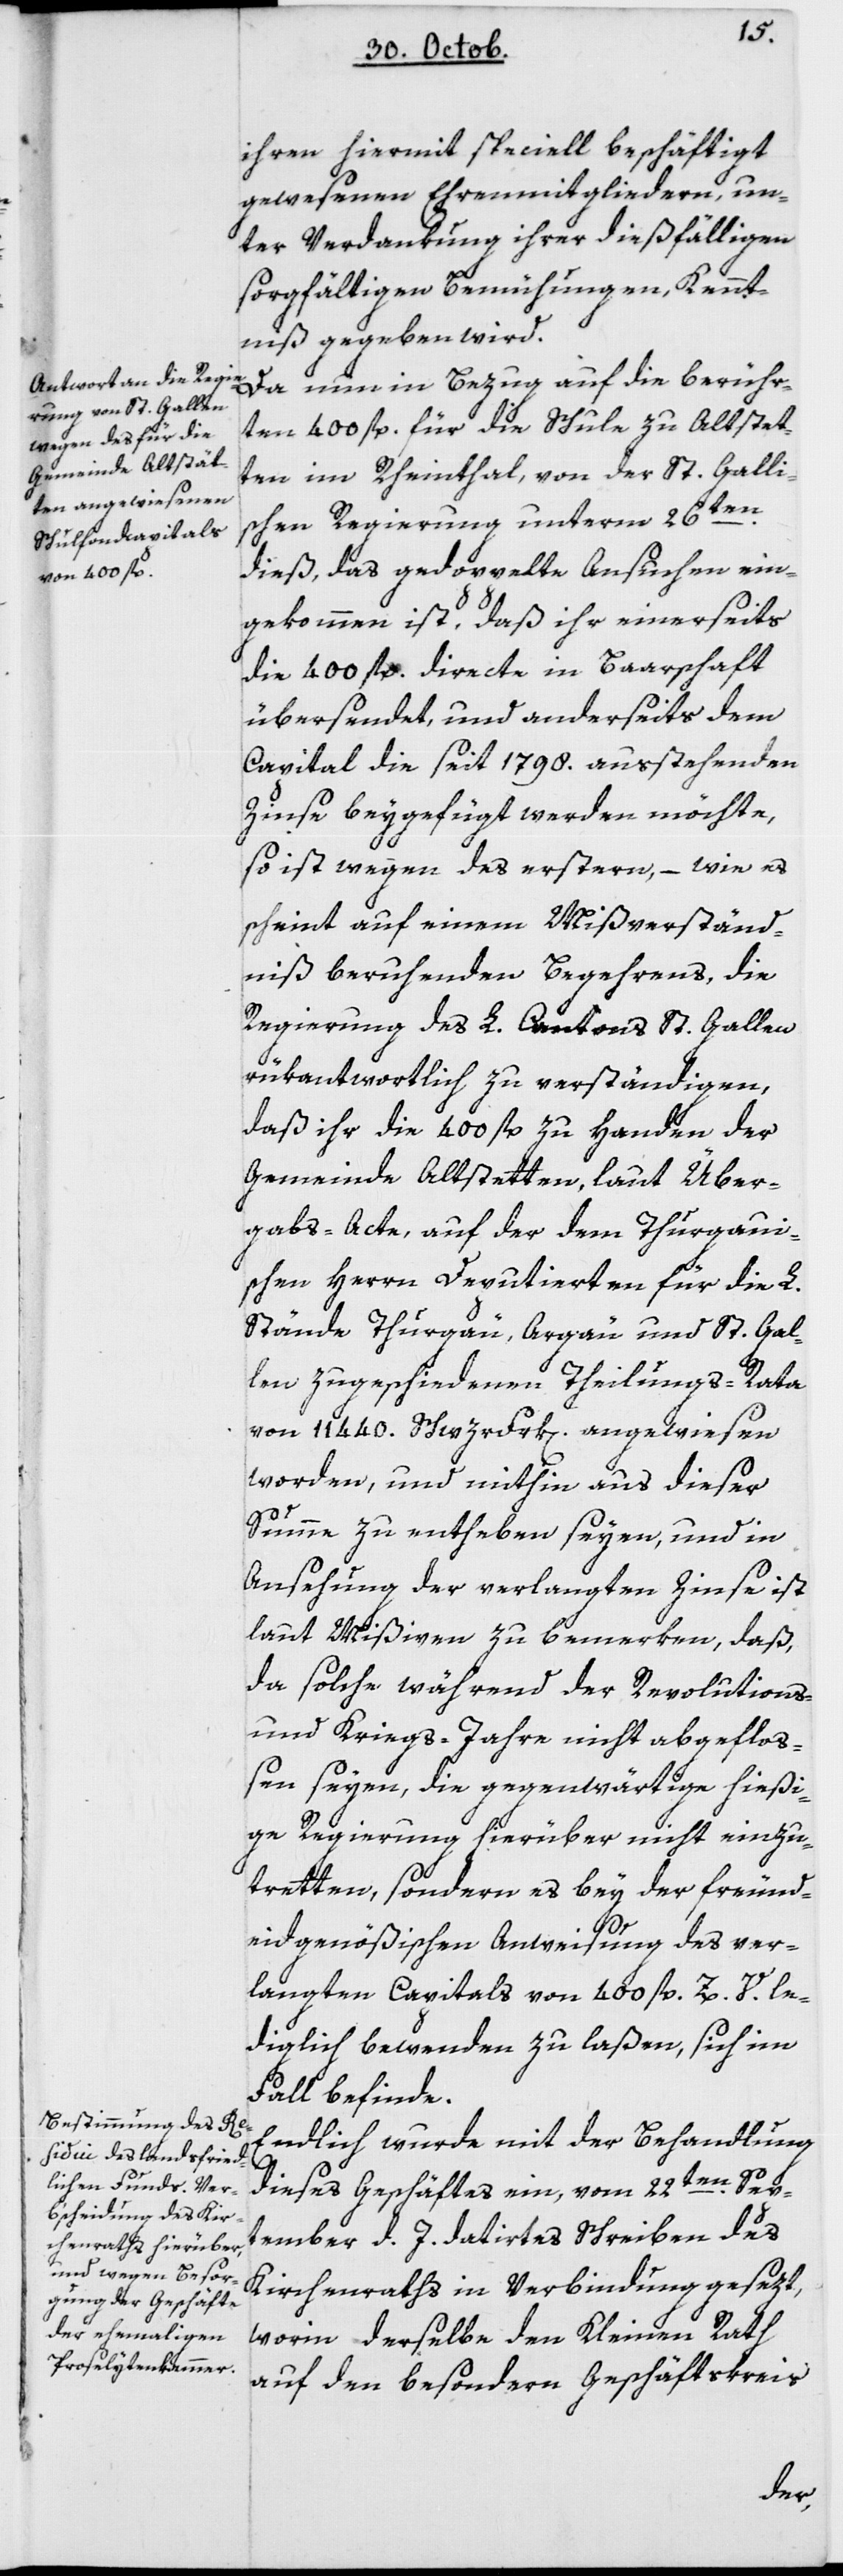
ihren hiermit speciell beschäftigt
gewesenen Ehrenmitgliedern, un¬
ter Verdankung ihrer dießfälligen
sorgfältigen Bemühungen Kennt¬
niß gegeben wird.
Da nun in Bezug auf die berühr¬
ten 400 fl. für die Schule zu Altstet¬
ten im Rheinthal, von der St. Gallis¬
chen Regierung unterm 26ten
dieß, das gedoppelte Ansuchen ein¬
gekommen ist, daß ihr einerseits
die 400 fl. directe in Baarschaft
übersendet, und anderseits dem
Capital die seit 1798 ausstehenden
Zinse beygefügt werden möchte,
so ist wegen des Ersteren, – wie es
scheint auf einem Mißverständ¬
niß beruhenden Begehrens, die
Regierung des L. Cantons St. Gallen
rükantwortlich zu verständigen,
daß ihr die 400 fl. zu Handen der
Gemeinde Altstetten, laut Über¬
gabs-Acte, auf der dem Thurgaui¬
schen Herrn Deputierten für die L.
Stände Thurgau, Argau und St. Gal¬
len zugeschiedenen Theilungs-Rata
von 11'440 Schwrfrk[en] angewiesen
worden, und mithin aus dieser
Summe zu entheben seyen, und in
Ansehung der verlangten Zinse ist
laut Mißiven zu bemerken, daß,
da solche während der Revolutions-
und Kriegsjahre nicht abgefloß¬
en seyen, die gegenwärtige hießi¬
ge Regierung hierüber nicht einzu¬
tretten, sondern es bey der freund¬
eidgenößischen Anweisung des ver¬
langten Capitals von 400 fl. Z.V. le¬
diglich bewenden zu laßen, sich im
Fall befinde.
Endlich wurde mit der Behandlung
dieses Geschäftes ein, vom 22ten Sep¬
tember d. J. datirtes Schreiben des
Kirchenraths in Verbindung gesezt,
worin derselbe den Kleinen Rath
auf den besondern Geschäftskreis